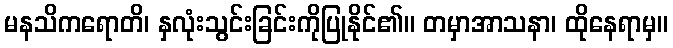
မနသိကရောတိ၊ နှလုံးသွင်းခြင်းကိုပြုနိုင်၏။ တမှာအာသနာ၊ ထိုနေရာမှ။